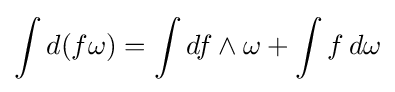
\int d(f\omega )=\int df\wedge \omega +\int f\,d\omega